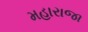
મહારાજા